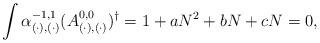
LaTeX: \begin{align*}\int \alpha_{(\cdot), (\cdot)}^{-1,1} (A_{(\cdot),(\cdot)}^{0,0})^{\dagger}= 1 + a N^2 + b N + c N = 0,\end{align*}